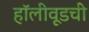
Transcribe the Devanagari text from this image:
हॉलीवूडची